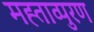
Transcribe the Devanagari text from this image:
मह्ताव्पुरण